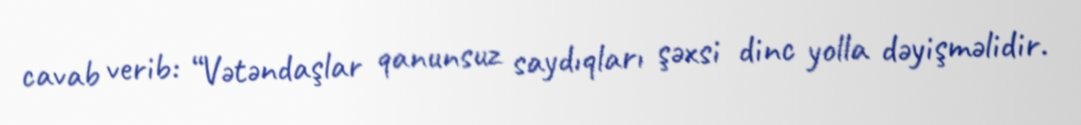
cavab verib: “Vətəndaşlar qanunsuz saydıqları şəxsi dinc yolla dəyişməlidir.